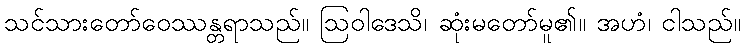
သင်သားတော်ဝေဿန္တရာသည်။ ဩဝါဒေသိ၊ ဆုံးမတော်မူ၏။ အဟံ၊ ငါသည်။